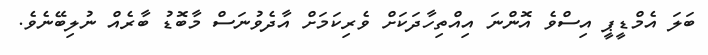
ބަލަ އެމްޑީޕީ އިސްވެ އޮންނަ އިއްތިހާދަކަށް ވެރިކަމަށް އާދެވުނަސް މާބޮޑު ބާރެއް ނުލިބޭނެވެ.